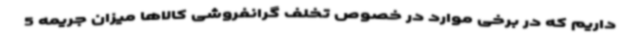
داریم که در برخی موارد در خصوص تخلف گرانفروشی کالاها میزان جریمه 5